Document type: Sale
Year: 1209
Scribe: Arnau de Torre
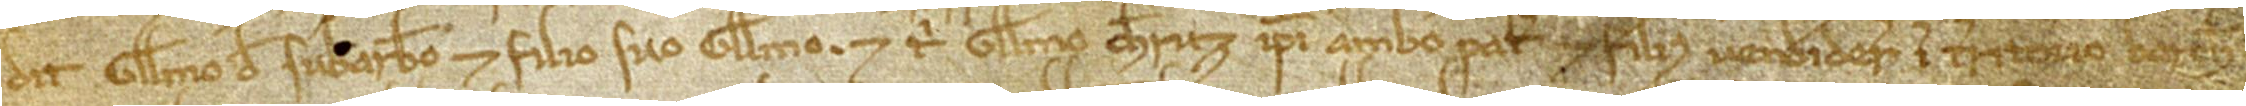
dit Guillelmo de Subarbero et filio suo Guillelmo, et tibi Guillelmo Cheruz ipsi ambo pater et filius vendiderunt, in territorio Barchinone,